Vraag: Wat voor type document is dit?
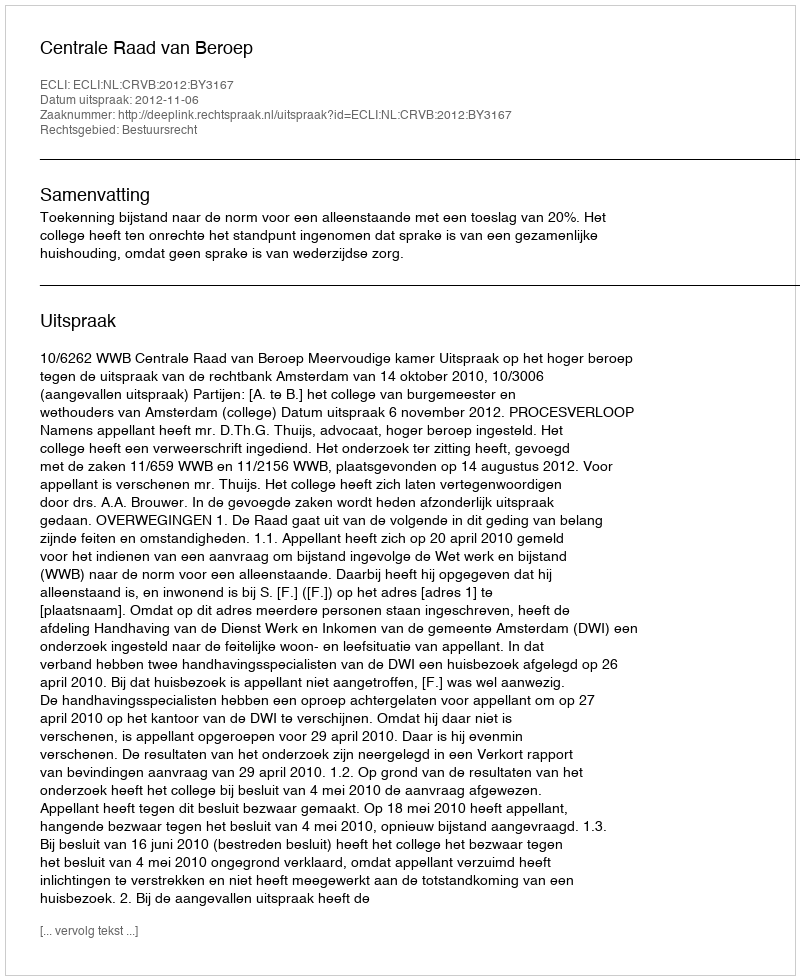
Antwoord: Uitspraak